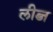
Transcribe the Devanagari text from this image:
लीब्ज